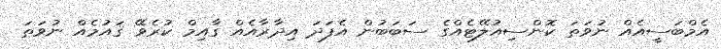
އެމްބަސީއެއް ނުވަތަ ކޮންސިއުލޭޓެއްގެ ސަބަބުން އެފަދަ އިދާރާއެއް ގާއިމް ކުރެވޭ ޤައުމެއް ނުވަތަ